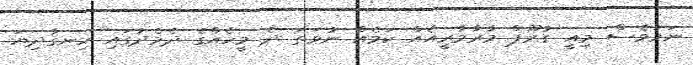
ނަމަވެސް މިއީ ގުރޫޕް މާރާމާރީއެއް ކަމެއް ނުވަތަ ދެ މީހެއްގެ ދެމެދުގައި ހިނގާދިޔަ